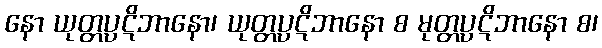
နော ယုတ္တပ္ပဋိဘာနော၊ ယုတ္တပ္ပဋိဘာနော စ မုတ္တပ္ပဋိဘာနော စ၊